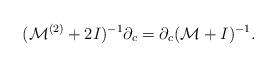
LaTeX: \begin{align*} (\mathcal{M}^{(2)}+2I)^{-1}\partial_c=\partial_c(\mathcal{M}+I)^{-1}.\end{align*}